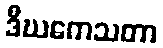
ဒီဃကေသတာ